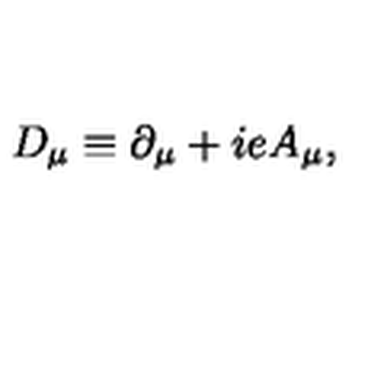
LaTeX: D _ { \mu } \equiv \partial _ { \mu } + i e A _ { \mu } ,